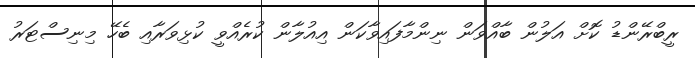
ރީބްރޭންޑު ކޮށް އަލުން ބާއްވަން ނިންމާފައިވާކަން އިއުލާން ކުރެއްވީ ކުޅިވަރާއި ބެހޭ މިނިސްޓަރު